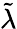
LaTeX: \tilde{\lambda}